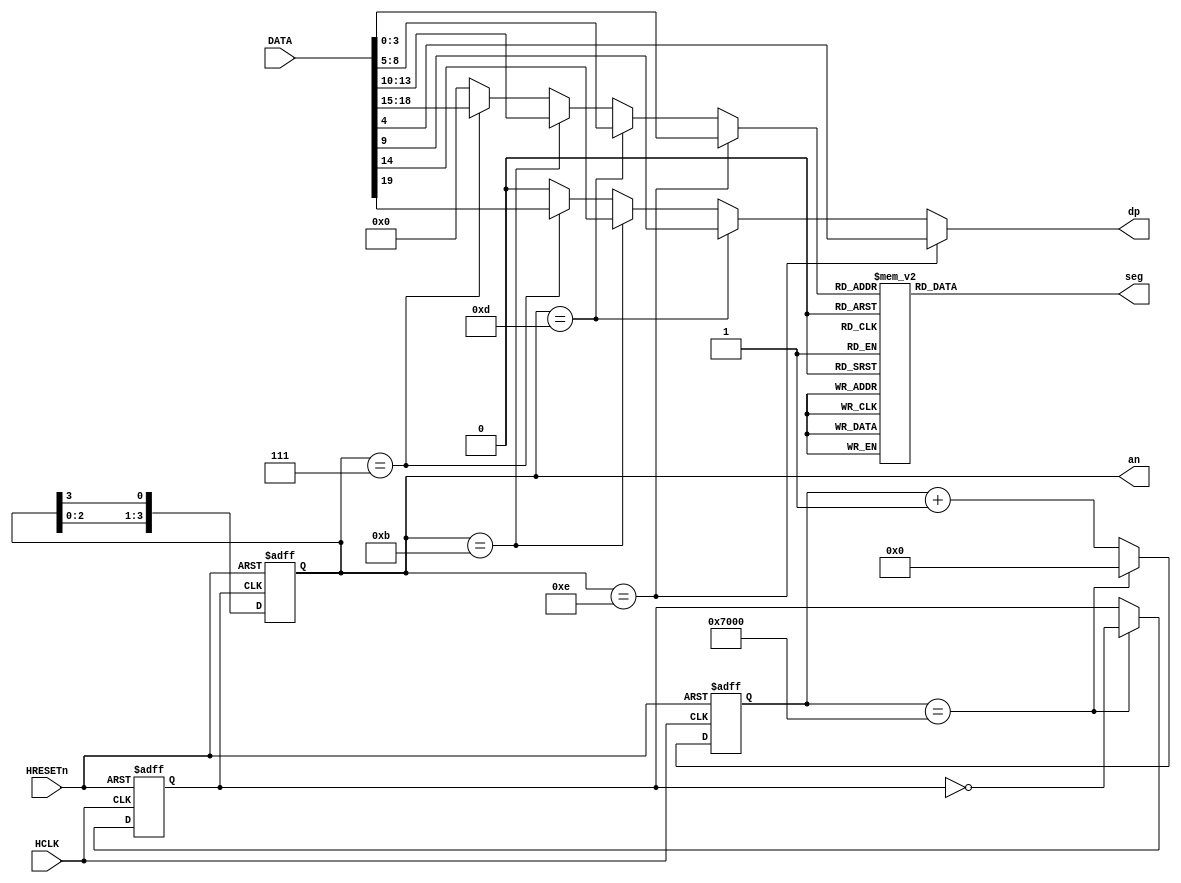
// ----------------------------------------------------------------------------
//  Version and control information:
//  File Revision       : 1.0.0
//  File Date           : 2022-05-13
// ----------------------------------------------------------------------------
// ----------------------------------------------------------------------------

//  Abstract : Meteorolite FPGA 47
//
// ----------------------------------------------------------------------------

module Nixie_tube (
  	input wire 				HCLK,
  	input wire 				HRESETn,
  	input wire [31:0] 		DATA,

	output reg     [6:0] 	seg,		// 
	output wire    [3:0] 	an,			// 
	output wire				dp

);

	reg [15:0] counter;
	reg [3:0]  ring = 4'b1110;

	wire [3:0] code;
	wire [6:0] seg_out;
	reg		   scan_clk;
	assign 	an = ring;

// 
	always @(posedge HCLK or negedge HRESETn) begin
		if(!HRESETn) begin
			counter <= 16'h0000;
			scan_clk <= 1'b0;
		end
		else begin
			if(counter == 16'h7000)
				begin 
					scan_clk <= ~scan_clk;
					counter <= 16'h0000;
				end
			else
				counter <= counter + 1'b1;
		end
	end

	// 
	always @(posedge scan_clk or negedge HRESETn) begin
		if(!HRESETn)
			ring <= 4'b1110;
		else
			ring <= {ring[2:0],ring[3]};
	end

	// 
	assign code =
		(ring == 4'b1110) ? DATA[3:0]    :
		(ring == 4'b1101) ? DATA[8:5]    :
		(ring == 4'b1011) ? DATA[13:10]  :
		(ring == 4'b0111) ? DATA[18 :15] :
		4'b0000;

	assign dp = 
		(ring == 4'b1110) ? DATA[4]    :
		(ring == 4'b1101) ? DATA[9]    :
		(ring == 4'b1011) ? DATA[14]   :
		(ring == 4'b0111) ? DATA[19]   :
		1'b0;
	
	// 0 -F 7
	always @(*)
	case (code)
		4'b0000	: seg = 7'b011_1111;
		4'b0001	: seg = 7'b000_0110;
		4'b0010	: seg = 7'b101_1011;
		4'b0011	: seg = 7'b100_1111;
		4'b0100	: seg = 7'b110_0110;
		4'b0101	: seg = 7'b110_1101;
		4'b0110	: seg = 7'b111_1101;
		4'b0111	: seg = 7'b000_0111;
		4'b1000	: seg = 7'b111_1111;
		4'b1001	: seg = 7'b110_1111;
		4'b1010	: seg = 7'b111_0111;
		4'b1011	: seg = 7'b111_1100;
		4'b1100	: seg = 7'b011_1001;
		4'b1101	: seg = 7'b101_1110;
		4'b1110	: seg = 7'b111_1001;
		4'b1111	: seg = 7'b111_0001;
		default: seg = 7'b011_1111;
	endcase

  
endmodule